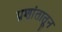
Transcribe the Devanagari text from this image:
प्रशांतातून